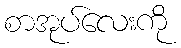
စာအုပ်လေးကို